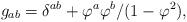
LaTeX: \begin{align*}g_{ab}= \delta ^{ab}+\varphi^a\varphi^b/(1-\varphi^2) ,\end{align*}